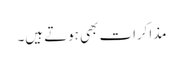
مذاکرات بھی ہوتے ہیں۔